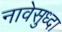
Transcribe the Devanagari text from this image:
नावेसुध्दा